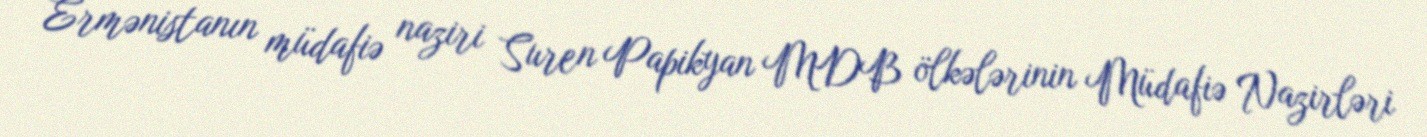
Ermənistanın müdafiə naziri Suren Papikyan MDB ölkələrinin Müdafiə Nazirləri